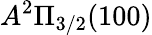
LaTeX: A^{2}\Pi_{3/2}(100)